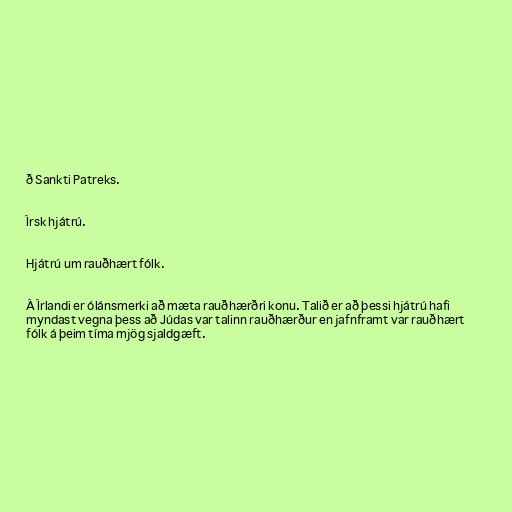
ð Sankti Patreks.

Írsk hjátrú.

Hjátrú um rauðhært fólk.

Á Írlandi er ólánsmerki að mæta rauðhærðri konu. Talið er að þessi hjátrú hafi
myndast vegna þess að Júdas var talinn rauðhærður en jafnframt var rauðhært
fólk á þeim tíma mjög sjaldgæft.